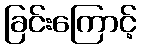
ခြင်းကြောင့်